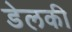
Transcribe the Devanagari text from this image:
डेलकी